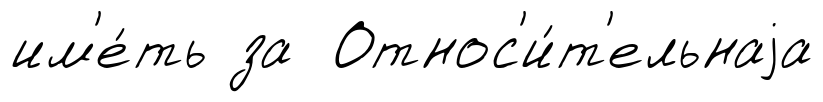
им'е́ть за Относ'и́т'ельнаjа